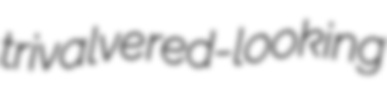
trivalve red-looking